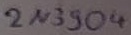
Text: 2N3504